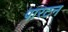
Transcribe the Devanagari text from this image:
पारटन